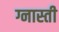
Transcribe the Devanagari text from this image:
ग्नास्ती